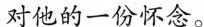
对他的一份怀念。